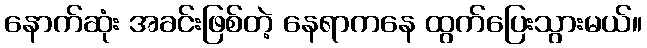
နောက်ဆုံး အခင်းဖြစ်တဲ့ နေရာကနေ ထွက်ပြေးသွားမယ်။